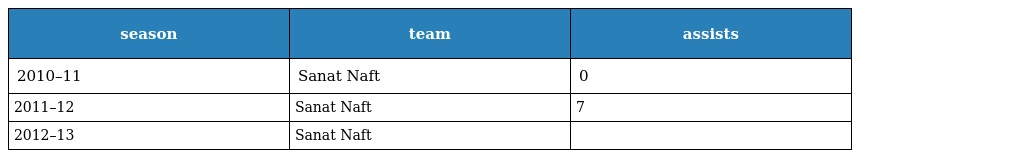
| season | team | assists |
 | --- | --- | --- |
 | 2010–11 | Sanat Naft | 0 |
 | 2011–12 | Sanat Naft | 7 |
 | 2012–13 | Sanat Naft |  |